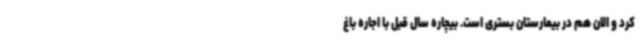
کرد و الان هم در بیمارستان بستری است. بیچاره سال قبل با اجاره باغ